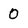
Character: 0